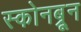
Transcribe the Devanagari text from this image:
स्कोनब्रून